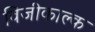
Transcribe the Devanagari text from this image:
विजीकाल्क